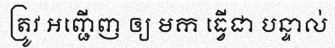
ត្រូវ អញ្ជើញ ឲ្យ មក ធ្វើជា បន្ទាល់